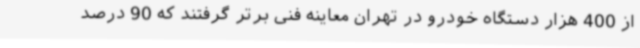
از 400 هزار دستگاه خودرو در تهران معاینه فنی برتر گرفتند ‌که 90 درصد